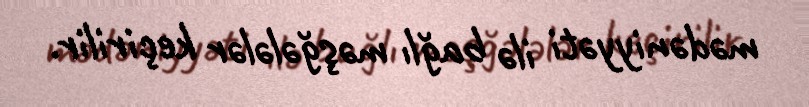
mədəniyyəti ilə bağlı məşğələlər keçirilir.